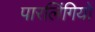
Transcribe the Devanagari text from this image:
पारलिंगियों